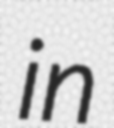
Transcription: in